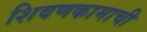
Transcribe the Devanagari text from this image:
शिवणकामाची